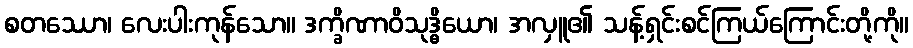
စတဿော၊ လေးပါးကုန်သော။ ဒက္ခိဏာဝိသုဒ္ဓိယော၊ အလှူ၏ သန့်ရှင်းစင်ကြယ်ကြောင်းတို့ကို။